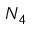
N _ { 4 }